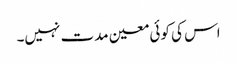
اس کی کوئی معین مدت نہیں۔